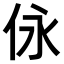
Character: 𠇟